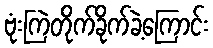
ဗုံးကြဲတိုက်ခိုက်ခဲ့ကြောင်း